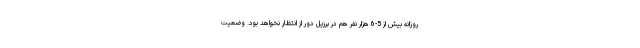
روزانه بیش از 5-6 هزار نفر هم در برزیل دور از انتظار نخواهد بود. وضعیت